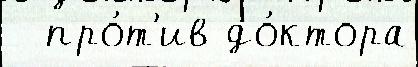
  про́т'ив до́ктора